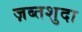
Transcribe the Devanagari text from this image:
ज़ब्तशुदा